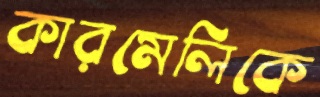
কারমেলিকে